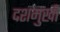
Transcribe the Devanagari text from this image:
दशमुखी